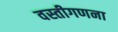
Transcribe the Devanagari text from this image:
वस्तीगणना